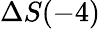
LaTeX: \Delta S(-4)